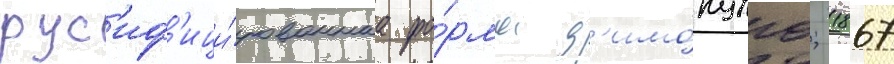
рус'иф'ици́рованнаа фо́рма д'имо́пуло; 1867